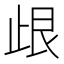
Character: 𣥦